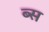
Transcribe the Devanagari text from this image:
ब्स